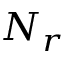
N _ { r }